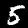
Digit: 5